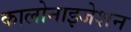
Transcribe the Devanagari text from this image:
कालोनाइजेशन